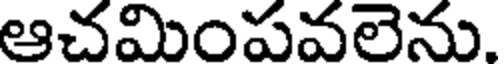
ఆచమింపవలెను.